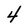
Character: 4